Indian journal of veterinary science and animal husbandry - Volumes 15-17, 1948-1951
Year: 1948
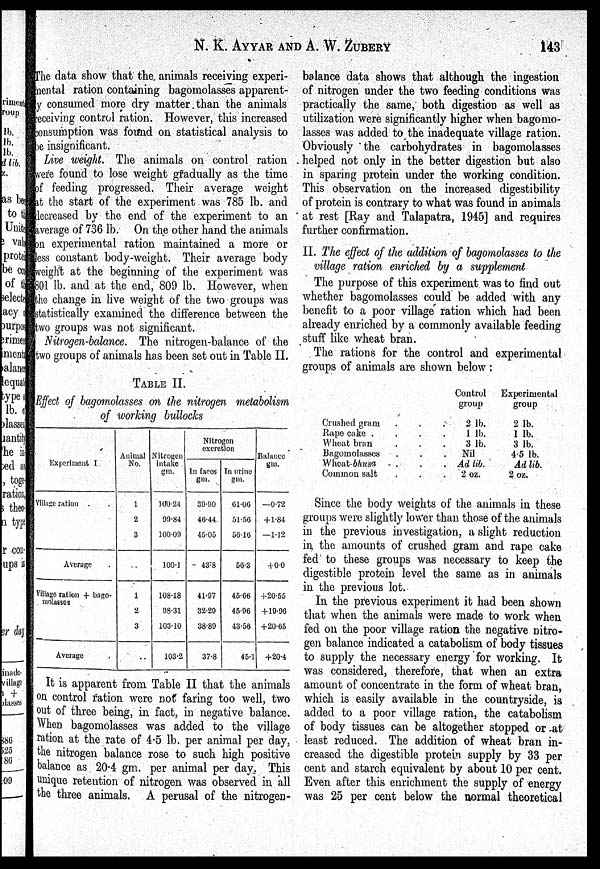
N. K. AYYAR AND A. W.
ZUBERY
143
The data show that the animals receiving experi-
mental ration containing bagomolasses apparent-
ly consumed more dry matter than the animals
receiving control ration. However, this increased
consumption was found on statistical analysis to
be insignificant.
Live weight. The animals on control ration
were found to lose weight gradually as the time
of feeding progressed. Their average weight
at the start of the experiment was 785 lb. and
decreased by the end of the experiment to an
average of 736 lb. On the other hand the animals
on experimental ration maintained a more or
less constant body-weight. Their average body
weight at the beginning of the experiment was
801 lb. and at the end, 809 lb. However, when
the change in live weight of the two groups was
statistically examined the difference between the
two groups was not significant.
Nitrogen-balance. The nitrogen-balance of the
two groups of animals has been set out in Table II.
TABLE II.
Effect of bagomolasses on the nitrogen metabolism
of working bullocks
Experiment I
Village ration . .
Average .
Village ration + bago¬
molasses
Average .
Animal
No.
1
2
3
. .
1
2
3
..
Nitrogen
intake
gm.
100.24
99.84
100.09
100.1
108.18
98.31
103.10
103.2
Nitrogen
excretion
In faces
gm.
39.90
46.44.
45.05
—43.8
41.97
32.29
38.89
37.8
In urine
gm.
61.06
51.56
56.16
56.3
45.66
45.96
43.56
45.1
Balance
gm.
—0.72
+1.84
—1.12
+0.0
+20.55
+19.96
+20.65
+20.4
It is apparent from Table II that the animals
on control ration were not faring too well, two
out of three being, in fact, in negative balance.
When bagomolasses was added to the village
ration at the rate of 4.5 lb. per animal per day,
the nitrogen balance rose to such high positive
balance as 20.4 gm. per animal per day. This
unique retention of nitrogen was observed in all
the three animals. A perusal of the nitrogen-
balance data shows that although the ingestion
of nitrogen under the two feeding conditions was
practically the same, both digestion as well as
utilization were significantly higher when bagomo-
lasses was added to the inadequate village ration.
Obviously the carbohydrates in bagomolasses
helped not only in the better digestion but also
in sparing protein under the working condition.
This observation on the increased digestibility
of protein is contrary to what was found in animals
at rest [Ray and Talapatra, 1945] and requires
further confirmation.
II. The effect of the addition of bagomolasses to the
village ration enriched by a supplement
The purpose of this experiment was to find out
whether bagomolasses could be added with any
benefit to a poor village ration which had been
already enriched by a commonly available feeding
stuff like wheat bran.
The rations for the control and experimental
groups of animals are shown below:
Crushed gram . . .
Rape cake . . . .
Wheat bran . . .
Bagomolasses . . .
Wheat-bhusa . . .
Common salt . . .
Control
group
2 lb.
1 lb.
3 lb.
Nil
Ad lib.
2 oz.
Experimental
group
2 lb.
1 lb.
3 lb.
4.5 lb.
Ad lib.
2 oz.
Since the body weights of the animals in these
groups were slightly lower than those of the animals
in the previous investigation, a slight reduction
in the amounts of crushed gram and rape cake
fed to these groups was necessary to keep the
digestible protein level the same as in animals
in the previous lot.
In the previous experiment it had been shown
that when the animals were made to work when
fed on the poor village ration the negative nitro-
gen balance indicated a catabolism of body tissues
to supply the necessary energy for working. It
was considered, therefore, that when an extra
amount of concentrate in the form of wheat bran,
which is easily available in the countryside, is
added to a poor village ration, the catabolism
of body tissues can be altogether stopped or at
least reduced. The addition of wheat bran in-
creased the digestible protein supply by 33 per
cent and starch equivalent by about 10 per cent.
Even after this enrichment the supply of energy
was 25 per cent below the normal theoretical